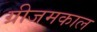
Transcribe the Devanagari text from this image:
ग्रीजमकाल